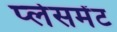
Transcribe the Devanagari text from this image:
प्‍लेसमेंट